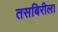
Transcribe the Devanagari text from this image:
तसबिरीला